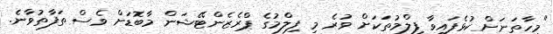
"މިހާތަނަށް ކުޅެފައިވާ ފިލްމުތަކަށް ވުރެ މި ފިލްމުގެ ޕްރެޒެންޓޭޝަން މާބޮޑަށް ވެސް ތަފާތުވާނެ.